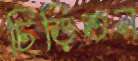
চিড়িতন